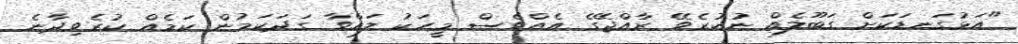
"އަޅުގަނޑަކަށް ގަބޫލެއް ނުކުރެވޭ ރާއްޖޭގެ އެއްވެސް މީހަކު ލައްވާ ގަދަކަމުން ކަމެއް ކުރެވިދާނެ